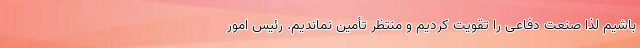
باشیم لذا صنعت دفاعی را تقویت کردیم و منتظر تأمین نماندیم. رئیس امور